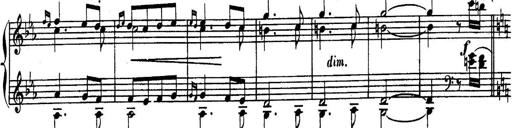
Title: Sonatina for Piano
Composer: BÃ©la BartÃ³k